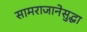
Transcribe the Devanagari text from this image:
सामराजानेसुद्धा